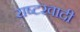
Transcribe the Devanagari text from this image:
राष्टरवादी